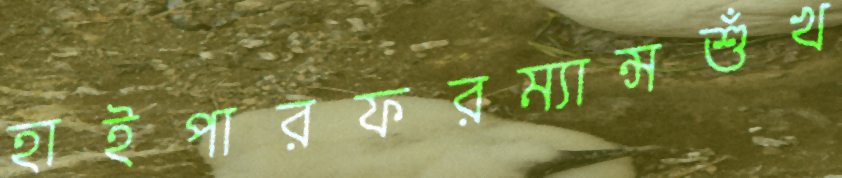
হাইপারফরম্যান্সশুঁখ